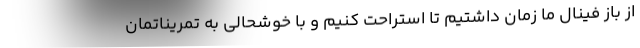
از باز فینال ما زمان داشتیم تا استراحت کنیم و با خوشحالی به تمریناتمان